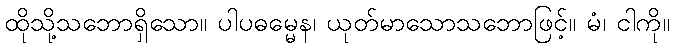
ထိုသို့သဘောရှိသော။ ပါပဓမ္မေန၊ ယုတ်မာသောသဘောဖြင့်။ မံ၊ ငါကို။